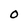
Character: O